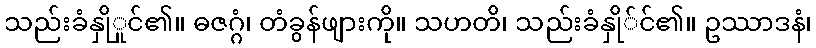
သည်းခံနှိုှုင်၏။ ဓဇဂ္ဂံ၊ တံခွန်ဖျားကို။ သဟတိ၊ သည်းခံနှို်င်၏။ ဥဿာဒနံ၊